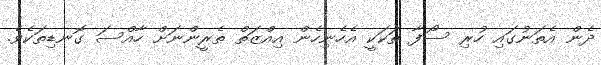
ދެން އެތަނުގައި ހުރި ސޯފާ ތަކަކީ އެހެނިހެން އިއްޒަތް ތެރީންނަށް ހާއްސަ ގޮނޑިތަކެވެ.